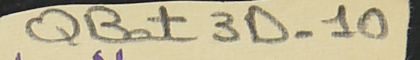
QBat3D-10